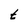
Character: t